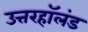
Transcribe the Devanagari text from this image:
उत्तरहॉलंड